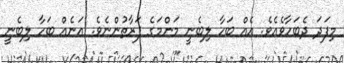
މިފަދަ ދެބަހާވެއެވެ. އެއް ބަހާ ލިބެނީ މަންމަގެ ފަރާތުންނެވެ. އަނެއް ބަހާ ލިބެނީ